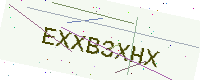
Text: EXXB3XHX